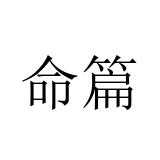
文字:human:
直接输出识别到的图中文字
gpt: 命篇